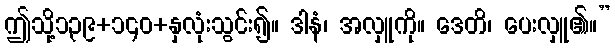
ဤသို့၁၃၉+၁၄၀+နှလုံးသွင်း၍။ ဒါနံ၊ အလှူကို။ ဒေတိ၊ ပေးလှူ၏။”